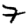
Digit: 7